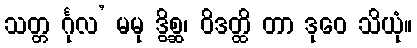
သတ္တ င်္ဂုလ’ မမု ဒွိစ္ဆ၊ ဝိဒတ္ထိ တာ ဒုဝေ သိယုံ။